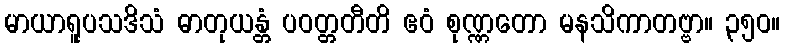
မာယာရူပသဒိသံ ဓာတုယန္တံ ပဝတ္တတီတိ ဧဝံ စုဏ္ဏတော မနသိကာတဗ္ဗာ။ ၃၅၀။